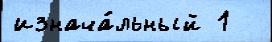
изнача́льный 1